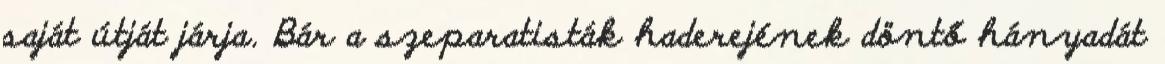
saját útját járja. Bár a szeparatisták haderejének döntő hányadát